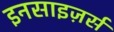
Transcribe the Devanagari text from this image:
इनसाइज़र्स